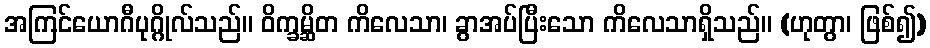
အကြင်ယောဂီပုဂ္ဂိုလ်သည်။ ဝိက္ခမ္ဆိတ ကိလေသာ၊ ခွာအပ်ပြီးသော ကိလေသာရှိသည်။ (ဟုတွာ၊ ဖြစ်၍)